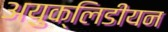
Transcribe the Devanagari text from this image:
अयुक्लिडीयन